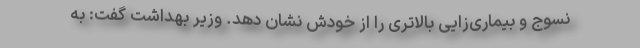
نسوج و بیماری‌زایی بالاتری را از خودش نشان دهد. وزیر بهداشت گفت: به